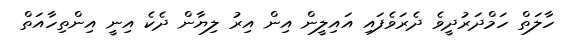
ހާލަތް ހަމްދަރުދީވެ ދެރަވެފައި އައިލީން އިން އިރު ލިޔާން ދެކެ އިނީ އިންތިހާއަތް